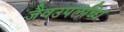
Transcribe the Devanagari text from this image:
जैवउपलब्धि